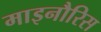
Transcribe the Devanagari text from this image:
माइनौरिस